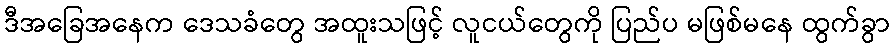
ဒီအခြေအနေက ဒေသခံတွေ အထူးသဖြင့် လူငယ်တွေကို ပြည်ပ မဖြစ်မနေ ထွက်ခွာ